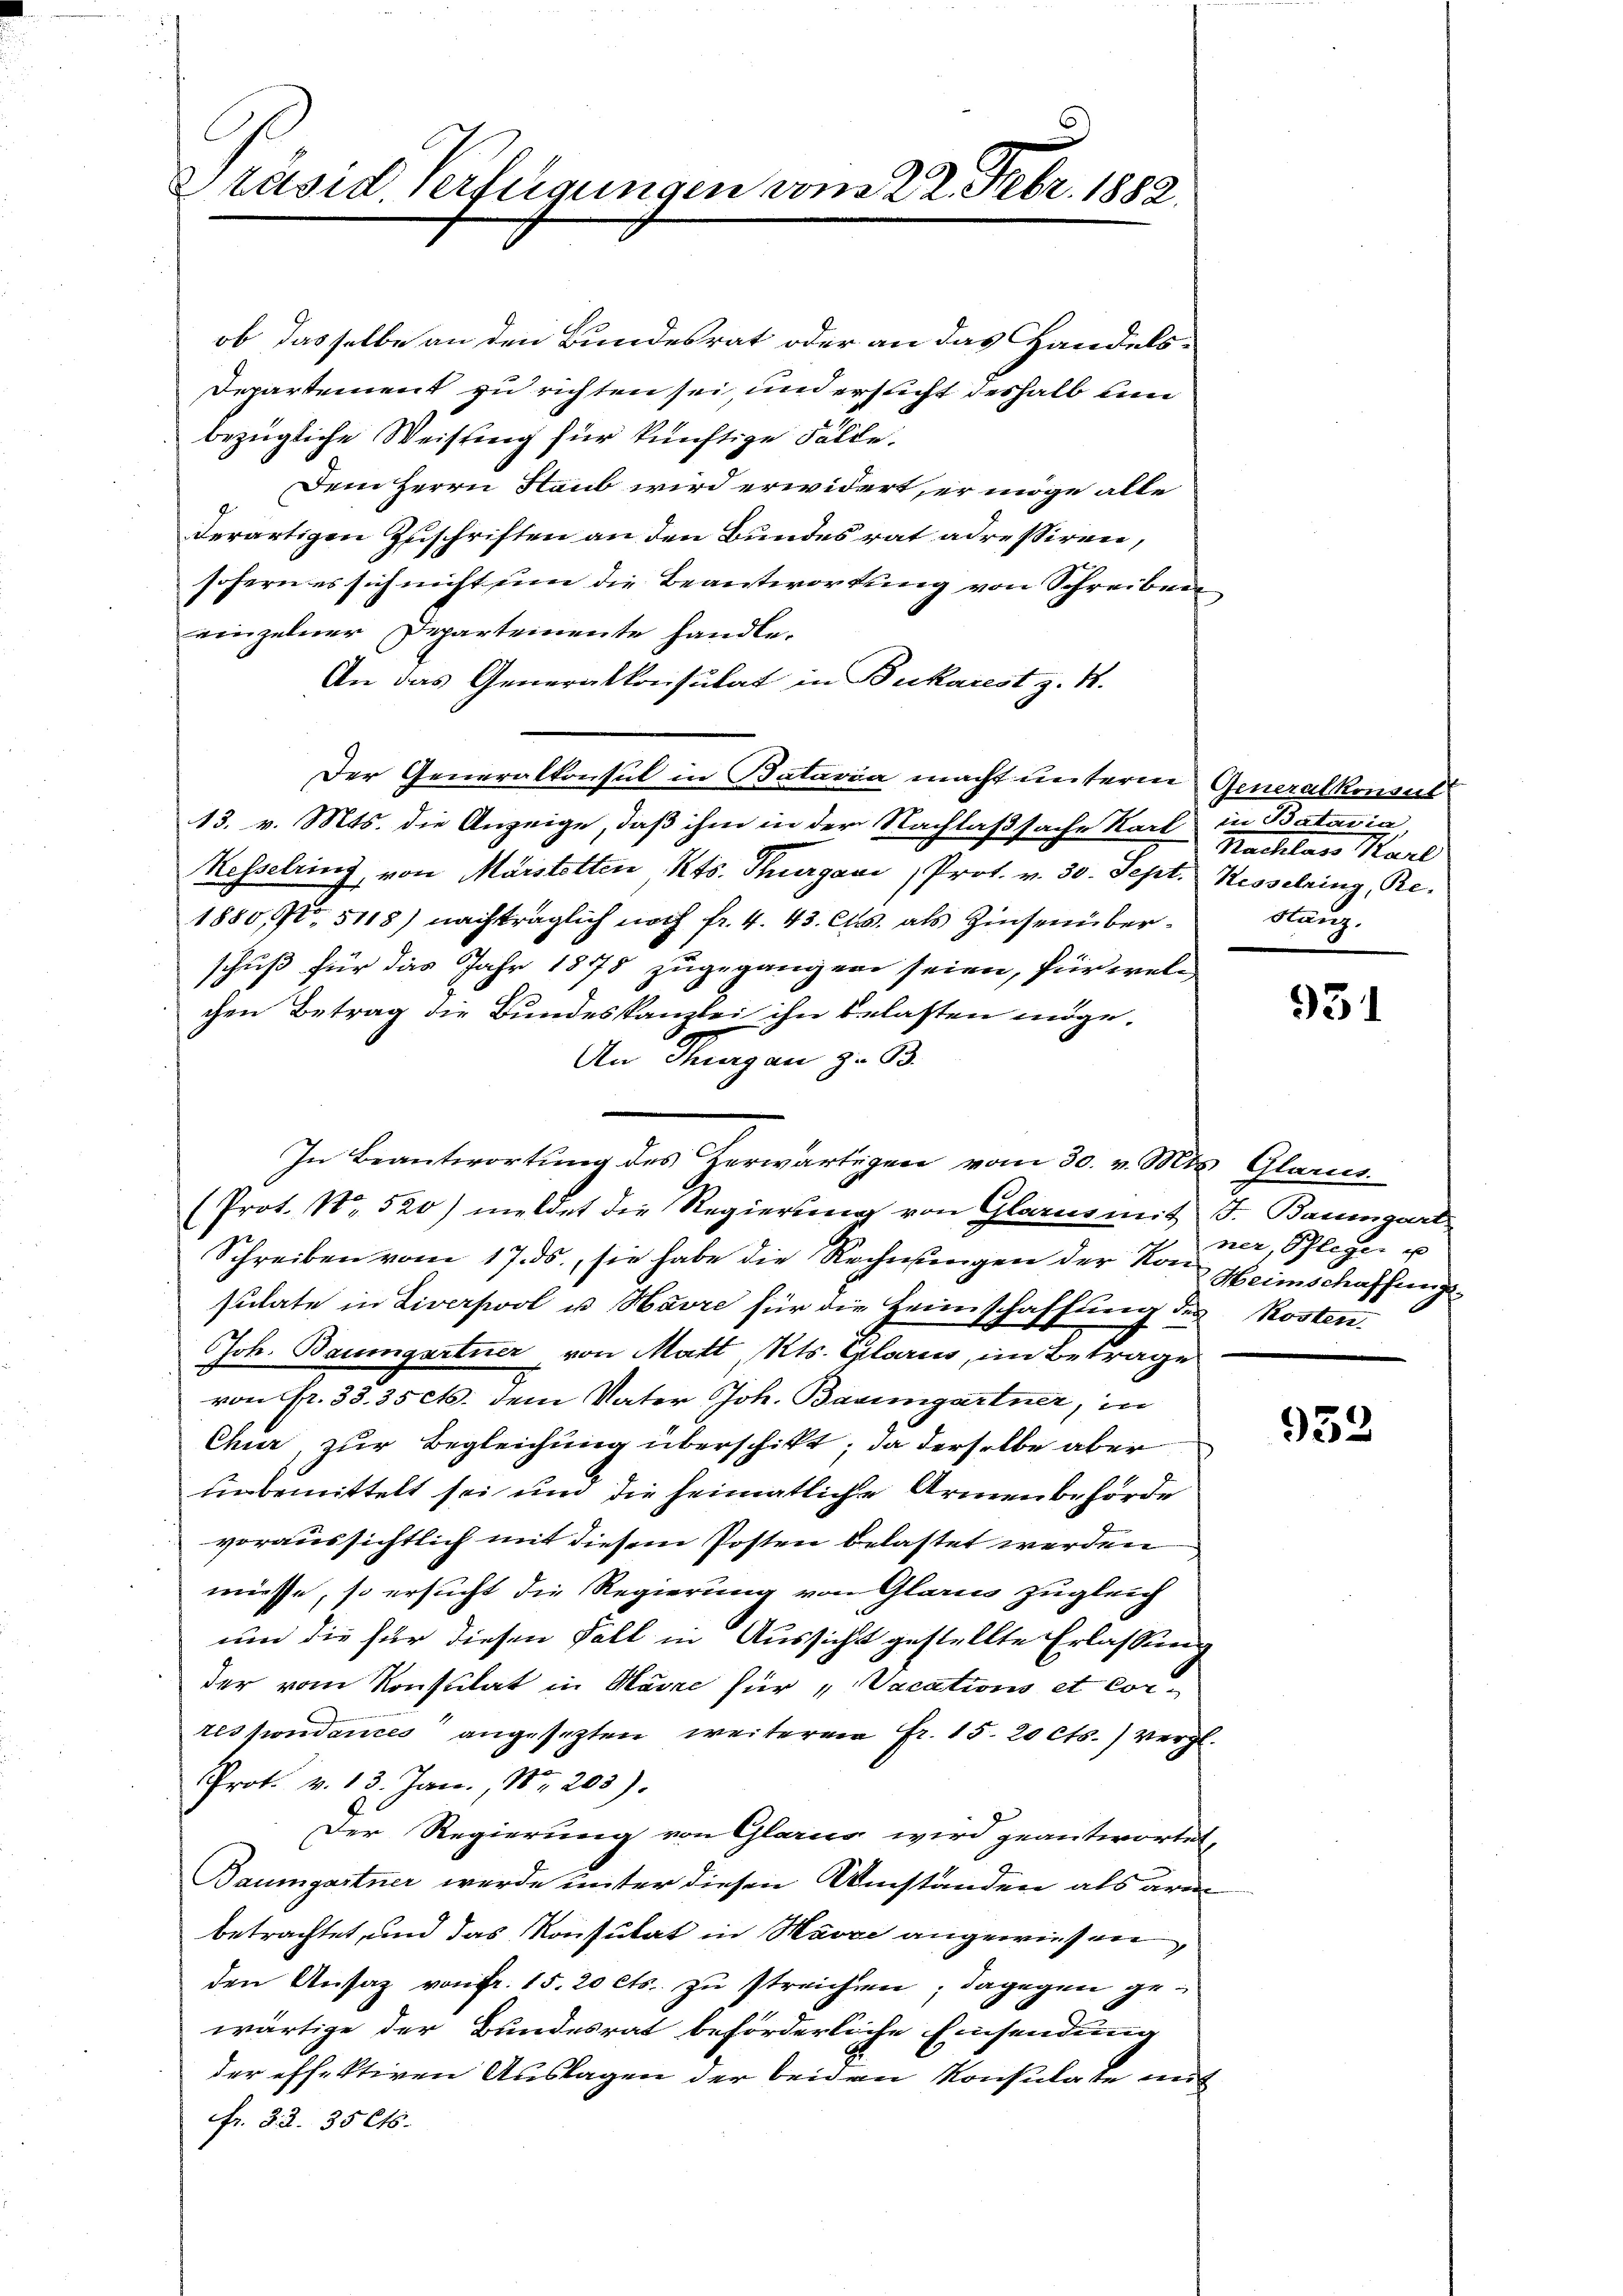
Präsid. Verfügungen vom 22. Febr. 1882.

ob dasselbe an den Bundesrat oder an das Handels¬
Departement zu richten sei, und ersucht deshalb un
bezügliche Weisung für künftige Fälle.
Dem Herrn Staub wird erwidert, er möge alle
derartigen Zuschriften an den Bundesrat adressiren,
sofern es sich nicht um die Beantwortung von Schreiben
einzelner Departemente handle.
An das Generalkonsulat in Bukarest z. B.
Der Generalkonsul in Bataria macht unterm Generalkonsul
13. v. Mts. die Anzeige, daß ihm in der Nachlaßsache Karl in Batavia,
Kesselring, von Märstetten Kts. Thurgavi , Prof. v. 30. Sept. Hesselring, Re-
1880, 5118) nachträglich noch fr. 4. 43. Cts. als Zinsenüberh
schuß für das Jahr 1878 zugegangen seien, für welchen Betrag die Bundeskanzlei ihn belasten möge.
An Thurgau zu B
In Beantwortung des herwärtigen vom 30. v. Mts. Glarus
(Prot. No. 520) meldet die Regierung von Glarus mit J. Baumgart
Schreiben vom 17. ds., sie habe die Rechnungen der Kon Heimschaffungssulate in Liverpool u. Havre für die Heimschaffung des Kosten.
Joh. Baumgartner, von Matt, Kts. Glarus, im Betrage
von Fr. 33. 35 cts. dem Vater Joh. Baumgartner, in
Chur, zur Begleichung überschikt, da derselbe aber
unbemittelt sei und die heimatliche Armenbehörde
voraussichtlich mit diesem Posten belastet werden
müsse, so ersucht die Regierung von Glarus zugleich
um die für diesen Fall in Aussicht gestellte Erlassung
der vom Konsulat in Maire für „Vacations et Correspondances angesezten weiteren Fr. 15. 20 cts.) Vergl.
Prot. v. 13. Jan., Nr. 203).
Der Regierung von Glarus wird geantwortet,
Baumgartner werde unter diesen Umständen als arm
betrachtet, und das Konsulat in Havre angewiesen,
den Ansatz von fr. 15. 20 cts. zu streichen; dagegen gewärtige der Bundesrat beförderliche Einsendung
der effektiven Auslagen der beiden Konsulate auf
fr. 32. 35 Cts.

Nachlage Karl
Hanz.

931

ner, Pfleger u

952